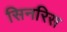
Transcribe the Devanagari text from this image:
सिनरिस